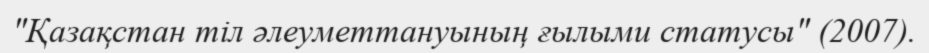
"Қазақстан тіл әлеуметтануының ғылыми статусы" (2007).